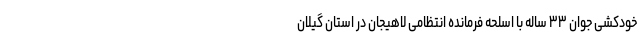
خودکشی جوان ۳۳ ساله با اسلحه فرمانده انتظامی لاهیجان در استان گیلان